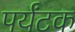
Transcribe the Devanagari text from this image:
पर्यंटक